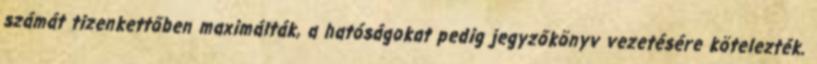
számát tizenkettőben maximálták, a hatóságokat pedig jegyzőkönyv vezetésére kötelezték.